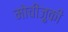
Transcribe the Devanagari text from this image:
मोचीज़ुकी